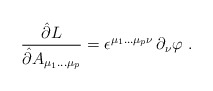
\begin{align*}\frac{\hat\partial L}{\hat\partial A_{\mu_1 \ldots \mu_p}} =\epsilon^{\mu_1 \ldots \mu_p\nu} \, \partial_\nu\varphi\ .\end{align*}